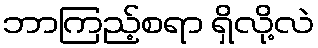
ဘာကြည့်စရာ ရှိလို့လဲ